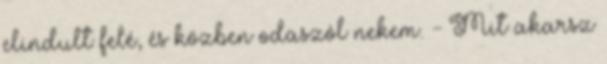
elindult felé, és közben odaszól nekem. - Mit akarsz